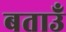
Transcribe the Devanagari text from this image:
बताउँ